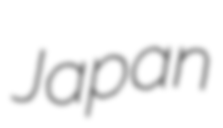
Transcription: Japan